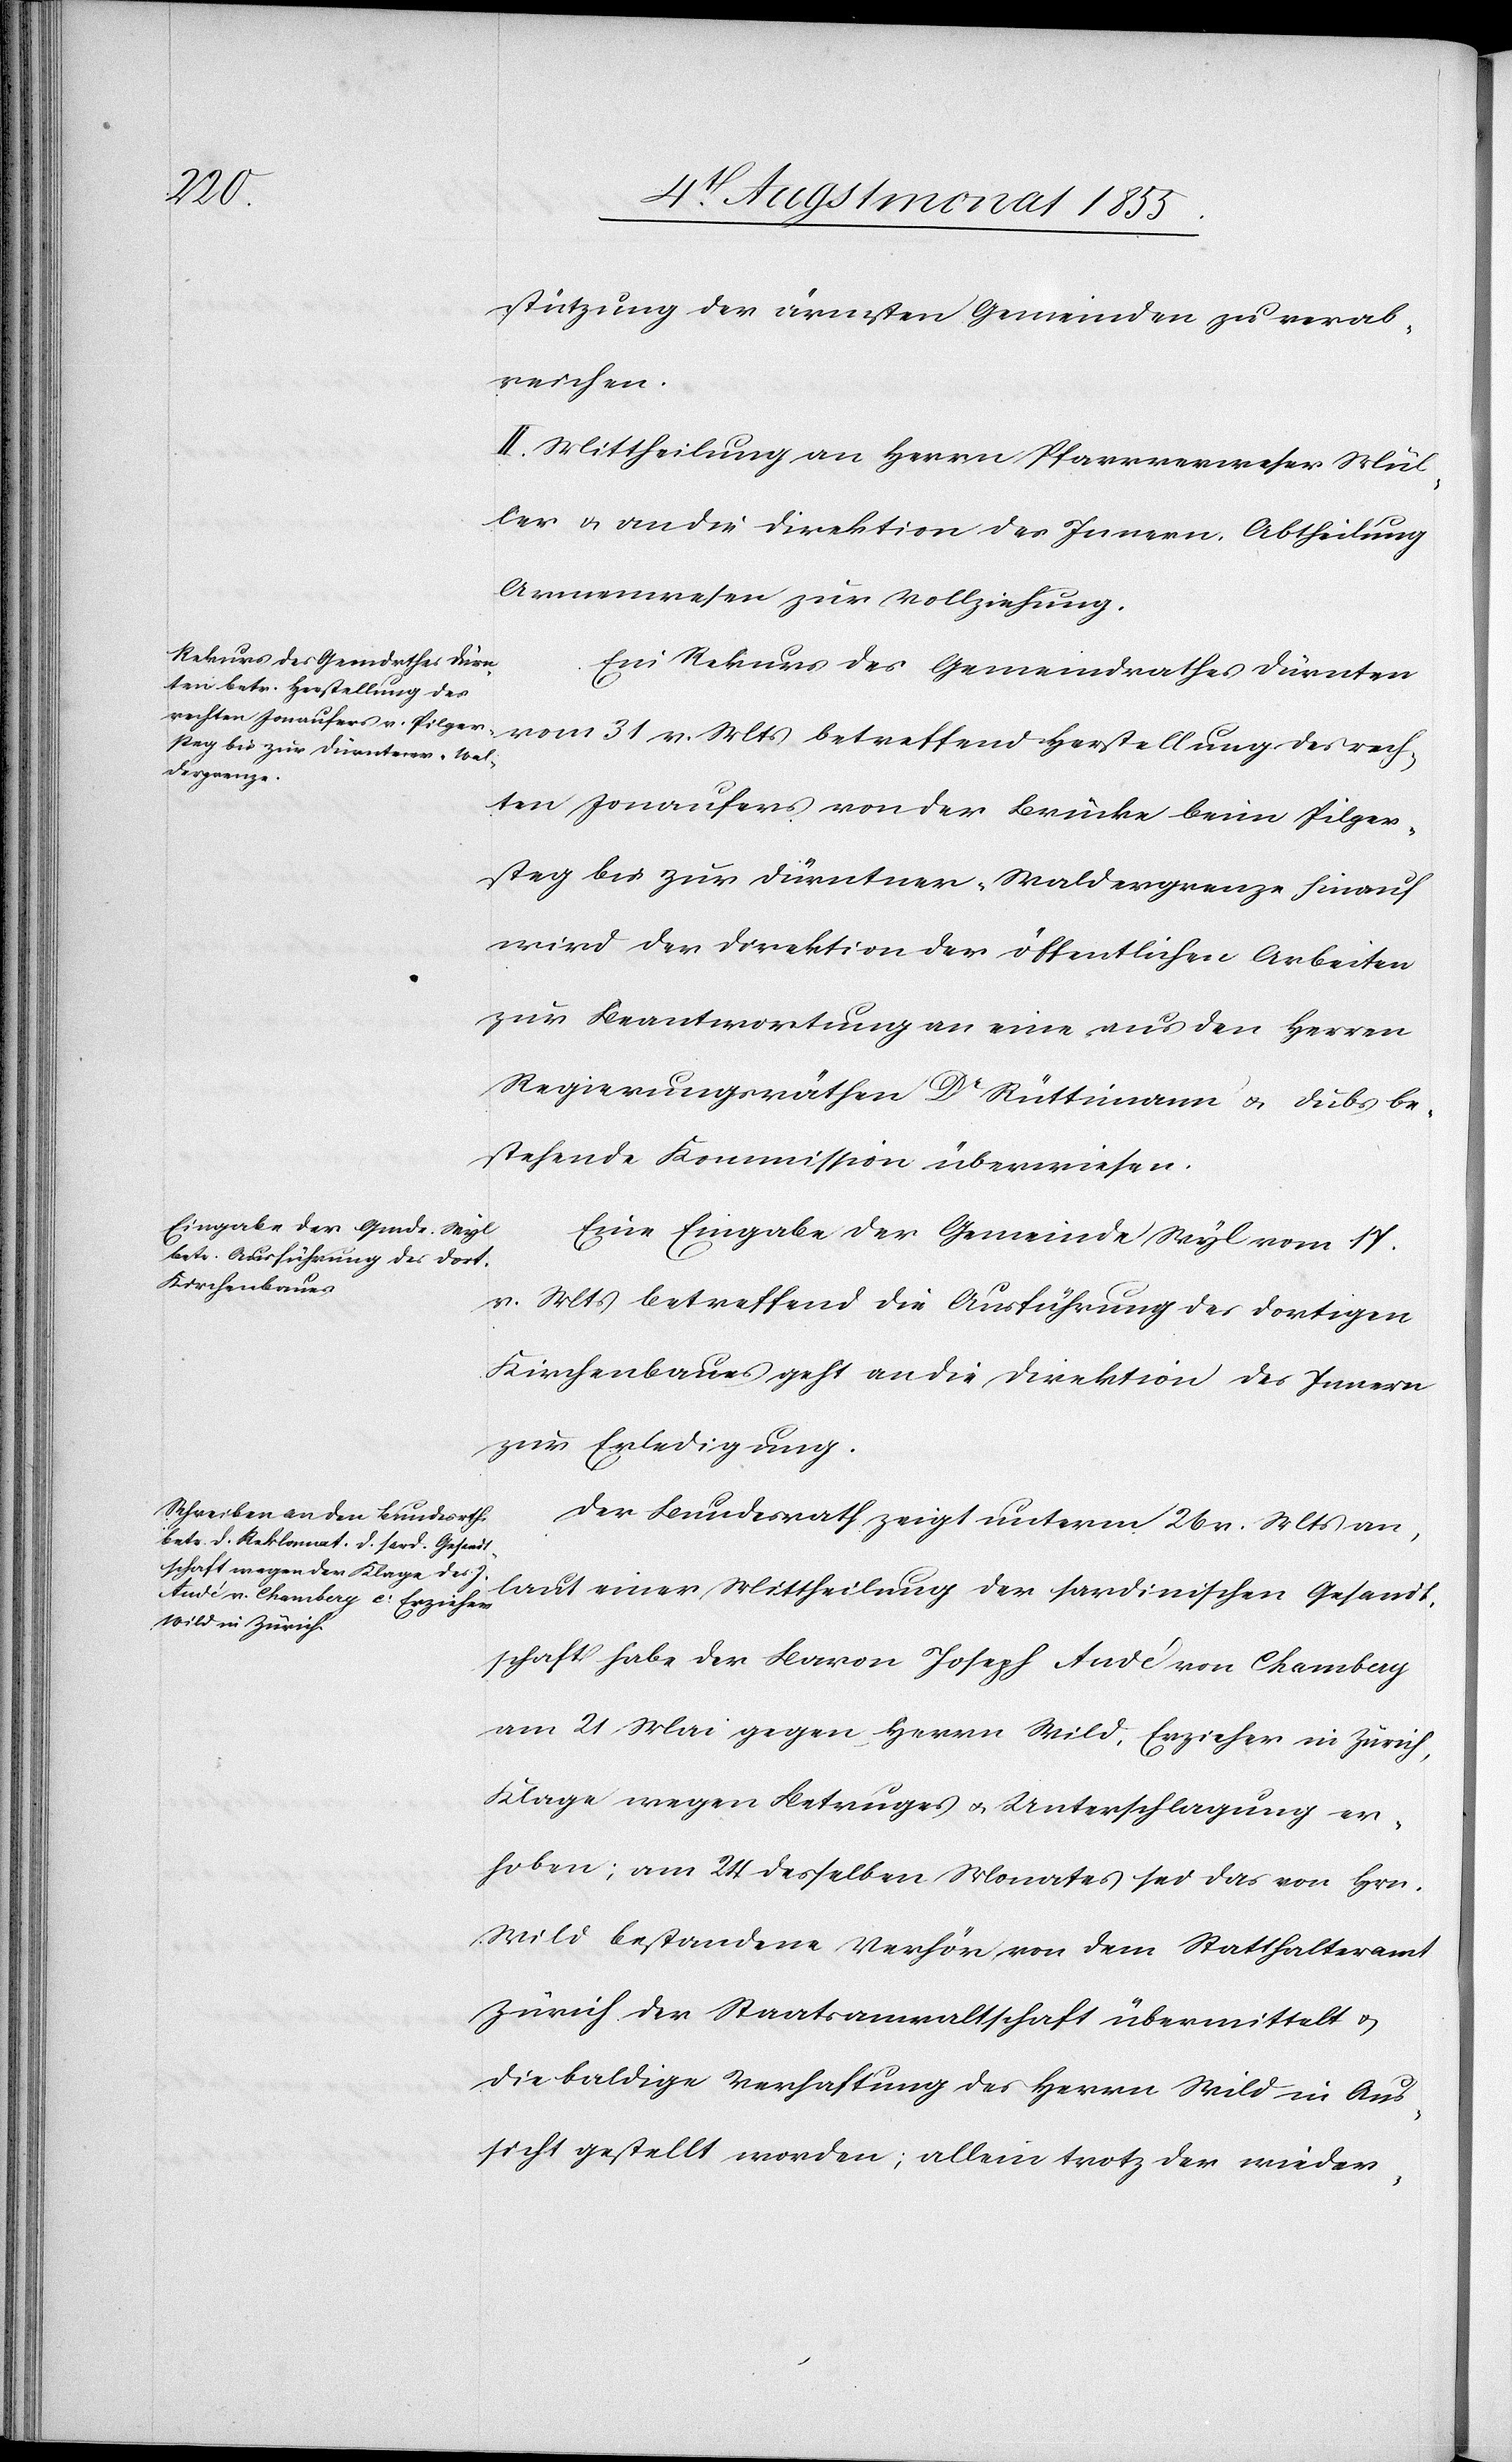
stützung der ärmsten Gemeinden zu verab¬
reichen.
II. Mittheilung an Herrn Pfarrverweser Mül¬
ler & an die Direktion des Innern, Abtheilung
Armenwesen zur Vollziehung.
Ein Rekurs des Gemeindrathes Dürnten
vom 31 v. Mts betreffend Herstellung des rech¬
ten Jonaufers von der Brücke beim Pilger¬
steg bis zur Dürntner-Waldergrenze hinauf
wird der Direktion der öffentlichen Arbeiten
zur Beantwortung an eine aus den Herren
Regierungsräthen Dr Rüttimann & Dubs be¬
stehende Kommission überwiesen.
Eine Eingabe der Gemeinde Wyl vom 17.
v. Mts betreffend die Ausführung des dortigen
Kirchenbaues geht an die Direktion des Innern
zur Erledigung.
Der Bundesrath zeigt unterm 26 v. Mts an,
laut einer Mittheilung der sardinischen Gesandt¬
schaft habe der Baron Joseph Audé von Chambery
am 21 Mai gegen Herrn Wild, Erzieher in Zürich,
Klage wegen Betruges & Unterschlagung er¬
hoben; am 24 desselben Monates sei das von Hrn.
Wild bestandene Verhör von dem Statthalteramt
Zürich der Staatsanwaltschaft übermittelt &
die baldige Verhaftung des Herrn Wild in Aus¬
sicht gestellt worden; allein trotz der wieder-